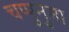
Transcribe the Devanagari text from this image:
चप्पुनुमा